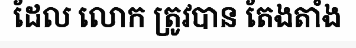
ដែល លោក ត្រូវបាន តែងតាំង